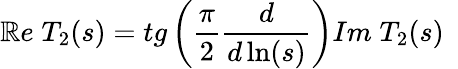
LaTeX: \mathbb{R}e\; T_{2}(s)=tg\left(\frac{{\pi}}{{2}}\frac{{d}}{{d\ln(s)}}\right)Im\; T_{2}(s)~~